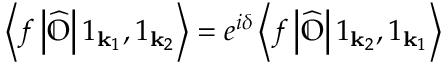
\left\langle f \left| { \widehat { \mathbb { O } } } \right| 1 _ { \mathbf { k } _ { 1 } } , 1 _ { \mathbf { k } _ { 2 } } \right\rangle = e ^ { i \delta } \left\langle f \left| { \widehat { \mathbb { O } } } \right| 1 _ { \mathbf { k } _ { 2 } } , 1 _ { \mathbf { k } _ { 1 } } \right\rangle